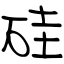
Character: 硅